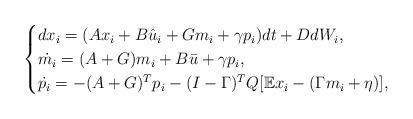
LaTeX: \begin{align*} \begin{cases}dx_i =( Ax_i +B\hat u_i +G m_i+\gamma p_i) dt +D dW_i,\\ \dot{ m_i} = (A + G)m_i +B\bar u +\gamma p_i,\\ \dot{ p_i }= -(A+G)^T p_i -(I-\Gamma)^T Q [\mathbb{E}x_i- (\Gamma m_i+\eta)],\end{cases}\end{align*}